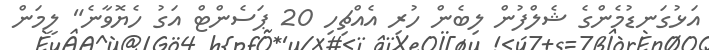
އަޅުގަނޑުމެންގެ ޝެލްފުން ލިބެން ހުރި އެއްޗިހި 20 ޕަސެންޓް އަގު ހެޔޮވާނެ" ލީމަން